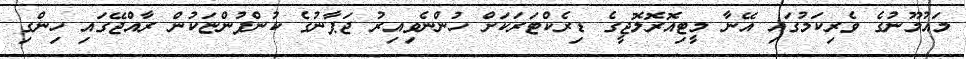
މައުމޫނުގެ ވެރިކަމުގައި އޭނާ މީޓިއޮރޮލޮޖީގެ ޑިރެކްޓަރަކަށް ހުންނެވިއިރު ޖަޕާނުގެ ކުންފުންޏަކުން ރާއްޖޭގައި ހިންގި